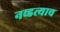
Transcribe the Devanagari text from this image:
नव्हत्याच